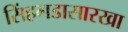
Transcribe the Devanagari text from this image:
सिंहगडासारखा